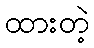
ထားတဲ့